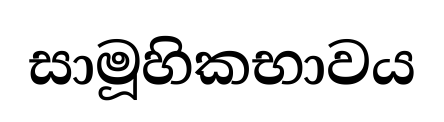
සාමූහිකභාවය